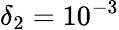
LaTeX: \delta_{2}=10^{-3}